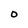
Character: 0